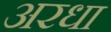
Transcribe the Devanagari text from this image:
अरधा